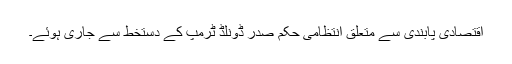
اقتصادی پابندی سے متعلق انتظامی حکم صدر ڈونلڈ ٹرمپ کے دستخط سے جاری ہوئے۔